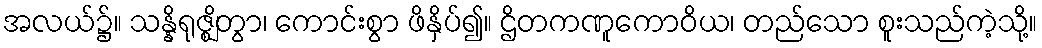
အလယ်၌။ သန္နိရုဇ္ဈိတွာ၊ ကောင်းစွာ ဖိနှိပ်၍။ ဌိတကဏူကောဝိယ၊ တည်သော စူးသည်ကဲ့သို့။